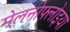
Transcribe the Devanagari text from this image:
मेलनोफ्लोइया